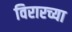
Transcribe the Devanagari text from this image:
विरारच्या